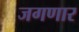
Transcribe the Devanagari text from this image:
जगणार